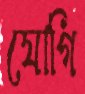
যোগি